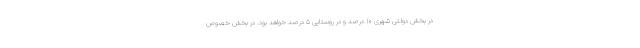
در بخش دولتی شهری ۱۰ درصد و در روستایی ۵ درصد خواهد بود. در بخش خصوص